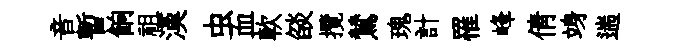
音暫餉祖漢虫血軟燄攬鷥瑰計罹峰倩竧遄